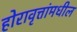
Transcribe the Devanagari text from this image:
होरावृत्तांमधील